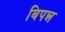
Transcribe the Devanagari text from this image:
बिपन्न